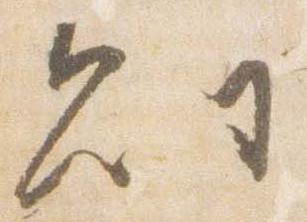
則